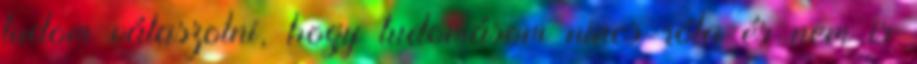
tudom válaszolni, hogy tudomásom nincs róla és nem is